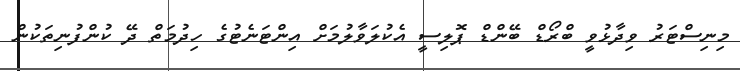
މިނިސްޓަރު ވިދާޅުވީ ބްރޯޑް ބޭންޑް ޕޮލިސީ އެކުލަވާލުމަށް އިންޓަނެޓުގެ ހިދުމަތް ދޭ ކުންފުނިތަކުން